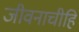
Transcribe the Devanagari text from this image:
जीवनाचीहि